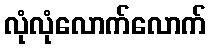
လုံလုံလောက်လောက်